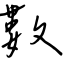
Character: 數